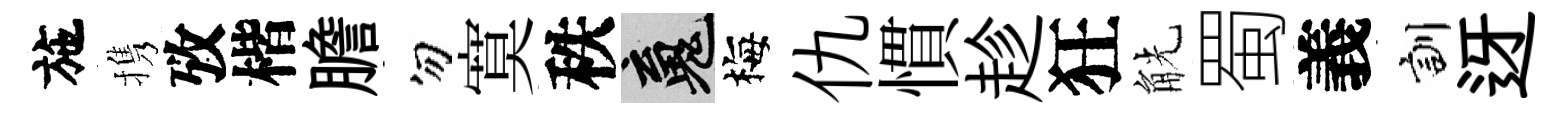
施携攷楷膽勿寞秩魂梅仇慣趁狂觥蜀義訓迓